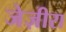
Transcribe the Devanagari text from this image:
जेज़ीरा